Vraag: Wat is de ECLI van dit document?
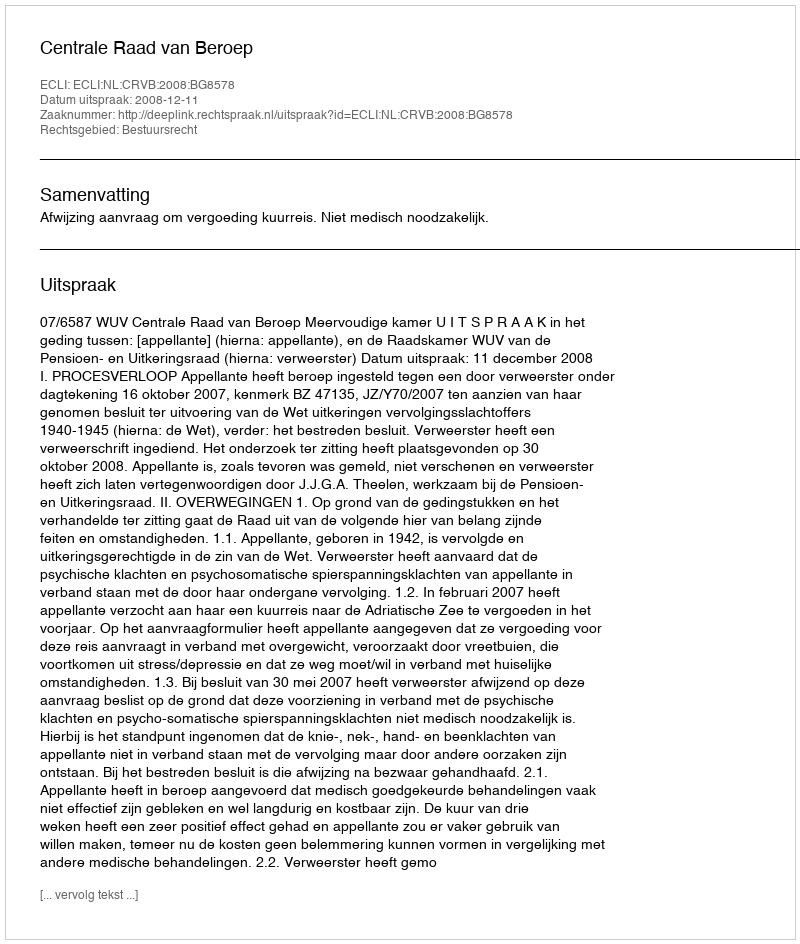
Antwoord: ECLI:NL:CRVB:2008:BG8578